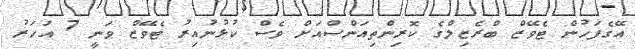
އޭގެފަހުން ޓެވޭޒް ބްރެޒިލްގެ ކޮރިންތިއަންސްއަށް ވެސް ކުޅުނުއިރު ޓެވޭޒް ވަނީ 7 އަހަރު